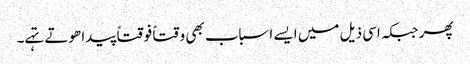
پھر جبکہ اسی ذیل میں ایسے اسباب بھی وقتاً فوقتاً پیدا ھوتے تہے۔